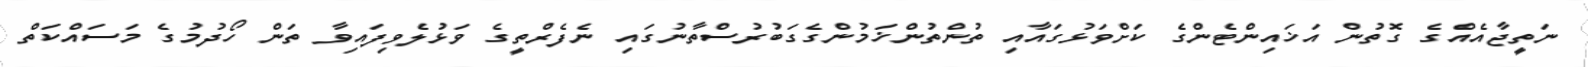
ނަތީޖާއެއްގެ ގޮތުން އަޚައިންޓެންގެ ކަށްވަޅުގައާއި ތުންތުންޚަމުންގެގަބުރުސްތާނުގައި ނެފެރްތީގެ ވަޅުލެވިފައިވާ ތަން ހޯދުމުގެ މަސައްކަތް